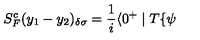
S _ { F } ^ { c } ( y _ { 1 } - y _ { 2 } ) _ { \delta \sigma } = \frac 1 i \langle 0 ^ { + } \mid T \{ { \bf \psi }